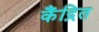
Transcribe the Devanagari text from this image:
कैंद्रित